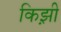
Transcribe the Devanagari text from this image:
किझ़ी